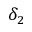
\delta _ { 2 }